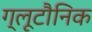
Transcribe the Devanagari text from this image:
ग्लूटौनिक